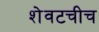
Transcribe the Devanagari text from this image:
शेवटचीच